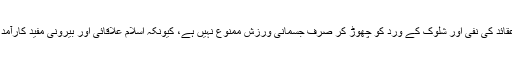
یوگا کی وکالت کرنے والوں کا استدلال یہ ہے کہ ہندو عقائد کی نفی اور شلوک کے ورد کو چھوڑ کر صرف جسمانی ورزش ممنوع نہیں ہے، کیونکہ اسلام علاقائی اور بیرونی مفید کارآمد باتوں کو اپنے اندر ضم کرنے کی صلاحیت رکھتا ہے۔